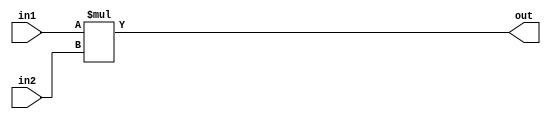
module Multiplier(in1,in2,out);
  input [15:0] in1,in2;
  output [15:0] out;
  assign out = in1 * in2;
endmodule